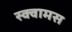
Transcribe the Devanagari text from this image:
स्क्वामस